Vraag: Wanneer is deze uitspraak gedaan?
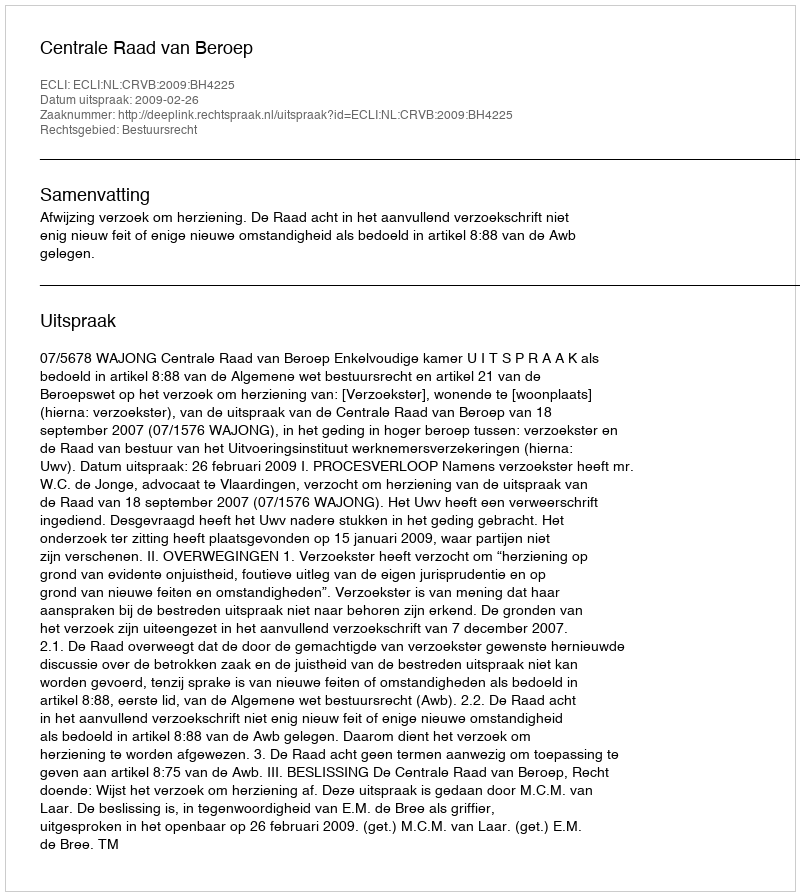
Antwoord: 2009-02-26